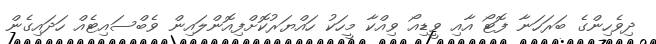
ދިވެހިންގެ ބަރަހަނާ ފޮޓޯ އާއި ވީޑިއޯ ވިއްކާ މީހަކު ހައްޔަރުކޮށްފިއޮންލައިން ވެބްސައިޓެއް ހަދައިގެން